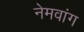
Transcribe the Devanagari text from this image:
नेमवांग